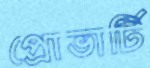
প্রোভার্টি